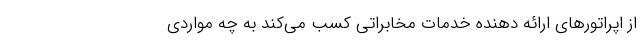
از اپراتورهای ارائه دهنده خدمات مخابراتی کسب می‌کند به چه مواردی